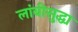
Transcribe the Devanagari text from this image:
लांबीसुद्धा